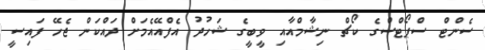
ސެންޓް ސްޕޯޓްސްގެ ކޯޗް ނިޝާމްއާއި ވީބީގެ ޝަހުދު އެފްއޭއެމަށް ދައްކަން ޖެހޭ ފައިސީ